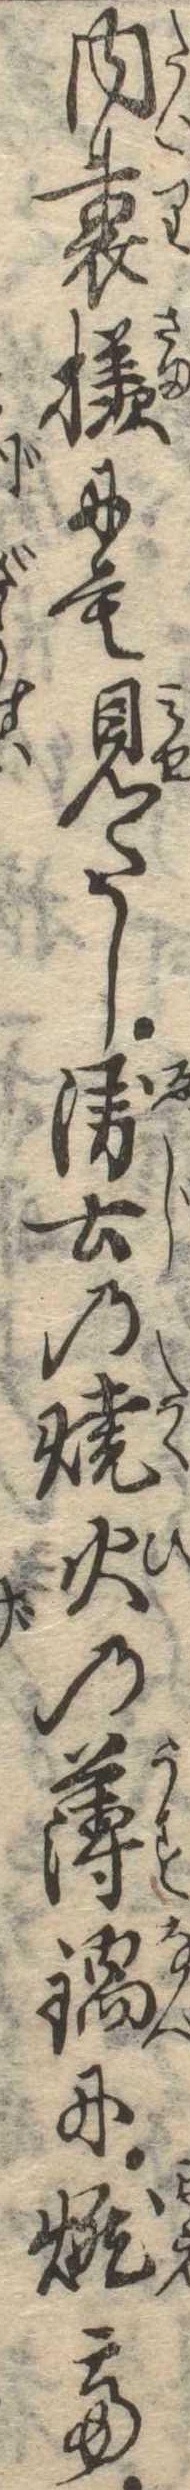
内裏様にも見たし衛士の焼火の薄鍋に燃て